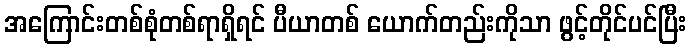
အကြောင်းတစ်စုံတစ်ရာရှိရင် ပီယာတစ် ယောက်တည်းကိုသာ ဖွင့်တိုင်ပင်ပြီး